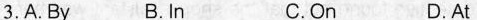
3.A. By B. In C.On D.At